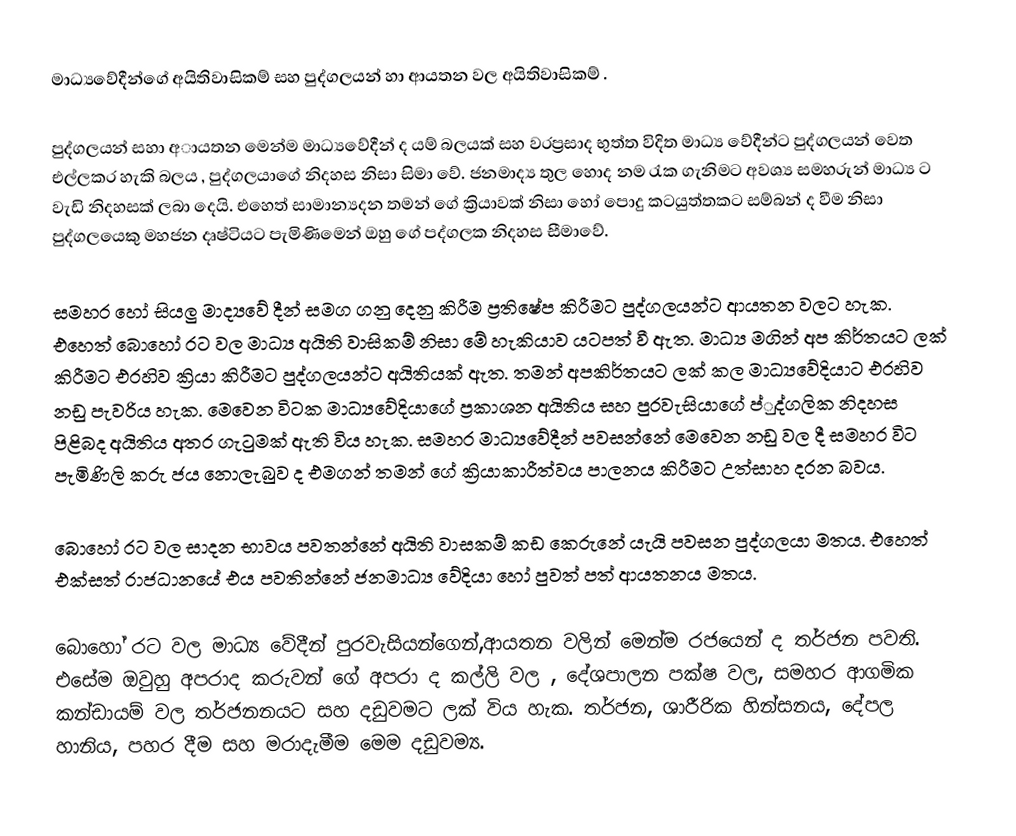
මාධ්‍යවේදීන්ගේ අයිතිවාසිකම් සහ පුද්ගලයන් හා ආයතන වල අයිතිවාසිකම් .

පුද්ගලයන් සහා අායතන මෙන්ම මාධ්‍යවේදීන් ද යම්  බලයක් සහ වරප්‍රසාද භුත්ත විදිත මාධ්‍ය වේදීන්ට පුද්ගලයන් වෙත එල්ලකර හැකි බලය , පුද්ගලයාගේ නිදහස නිසා සිමා වේ. ජනමාද්‍ය තුල හොද නම රැක ගැනිමට අවශ්‍ය සමහරුන් මාධ්‍ය ට වැඩි නිදහසක් ලබා දෙයි. එහෙත් සාමාන්‍යදන තමන් ගේ ක්‍රියාවක් නිසා හෝ  පොදු කටයුත්තකට සම්බන් ද වීම නිසා පුද්ගලයෙකු මහජන දෘෂ්ටියට පැමිණිමෙන් ඔහු ගේ පද්ගලක නිදහස සීමාවේ.

සමහර හෝ සියලු මාද්‍යවේ දීන් සමග ගනු දෙනු කිරීම ප්‍රතිෂේප කිරීමට පුද්ගලයන්ට  ආයතන වලට හැක. එහෙත් බොහෝ රට වල මාධ්‍ය අයිති වාසිකම් නිසා මේ හැකියාව යටපත් වී ඇත. මාධ්‍ය මගින් අප කිර්තයට ලක් කිරීමට එරහිව ක්‍රියා කිරීමට පුද්ගලයන්ට අයිතියක් ඇත.   තමන් අපකිර්තයට ලක් කල මාධ්‍යවේදියාට එරහිව නඩු පැවරිය හැක.  මෙවෙන විටක මාධ්‍යවේදියාගේ ප්‍රකාශන අයිතිය සහ පුරවැසියාගේ ප්‍ුද්ගලික නිදහස පිළිබද අයිතිය අතර ගැටුමක් ඇති විය හැක. සමහර මාධ්‍යවේදීන් පවසන්නේ මෙවෙන නඩු වල දී  සමහර විට පැමිණිලි කරු ජය නොලැබුව ද එමගන් තමන් ගේ ක්‍රියාකාරීත්වය පාලනය කිරීමට උත්සාහ දරන බවය.

බොහෝ රට වල සාදන භාවය පවතන්නේ අයිති වාසකම් කඩ කෙරුනේ යැයි පවසන පුද්ගලයා මතය.  එහෙත් එක්සත් රාජධානයේ එය පවතින්නේ ජනමාධ්‍ය වේදියා හෝ පුවත් පත් ආයතනය මතය.

 බොහෝ රට වල මාධ්‍ය වේදීන් පුරවැසියන්ගෙන්,ආයතන වලින් මෙන්ම රජයෙන් ද තර්ජන පවති. එසේම ඔවුහු අපරාද කරුවන් ගේ අපරා ද කල්ලි වල , දේශපාලන පක්ෂ වල, සමහර ආගමික කන්ඩායම් වල තර්ජනනයට සහ දඩුවමට ලක් විය හැක. තර්ජන, ශාරීරික හින්සනය, දේපල හානිය, පහර දීම සහ මරාදැමීම මෙම දඩුවම්‍ය.